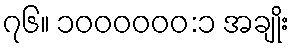
၇၆။ ၁၀၀၀၀၀၀:၁ အချိုး